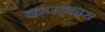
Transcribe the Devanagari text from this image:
कपड्यास